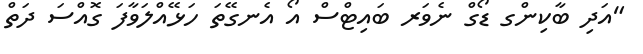
"އަދި ބާކިންގ ޑޯގް ނެވަރ ބައިޓްސް އޯ އެނގޭތަ ހަޅޭއްލަވާފަ ގޮއްސަ ދަތް